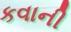
કવાની